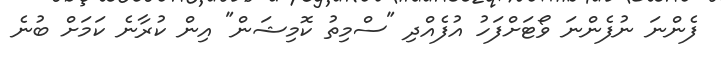
ފެންނަ ނުފެންނަ ވޯޓަށްފަހު އުފެއްދި "ސްމިތު ކޮމިޝަން" އިން ކުރާނެ ކަމަށް ބުނެ